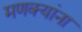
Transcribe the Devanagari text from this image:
मणक्यांना